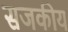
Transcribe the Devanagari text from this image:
सजकीय